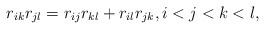
\begin{gather*}r_{ik} r_{jl}=r_{ij} r_{kl}+r_{il} r_{jk}, i < j < k < l,\end{gather*}